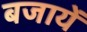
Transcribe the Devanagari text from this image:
बजायें